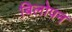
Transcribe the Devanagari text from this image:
बिलोपन